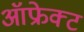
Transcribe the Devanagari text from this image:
ऑफ्रेक्ट